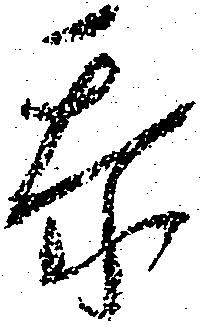
忝